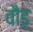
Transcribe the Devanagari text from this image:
वौड़